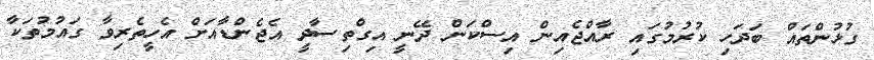
ގުޅުންތައް ބަދަހި ކުރުމުގައި ރާއްޖެއިން އިސްކަން ދޭނީ އިގްތިސާދީ އެޖެންޑާއަށް އެހީތެރިވާ ގައުމުތަކާ